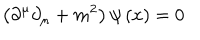
\left( \partial ^ { \mu } \partial _ { \mu } + m ^ { 2 } \right) \psi \left( x \right) = 0